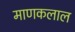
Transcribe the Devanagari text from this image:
माणकलाल